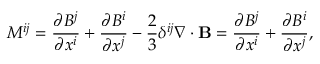
{ \cal { M } } ^ { i j } = \frac { \partial B ^ { j } } { \partial x ^ { i } } + \frac { \partial B ^ { i } } { \partial x ^ { j } } - \frac { 2 } { 3 } \delta ^ { i j } \nabla \cdot { \bf { B } } = \frac { \partial B ^ { j } } { \partial x ^ { i } } + \frac { \partial B ^ { i } } { \partial x ^ { j } } ,